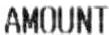
AMOUNT